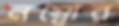
নম্বোর